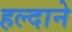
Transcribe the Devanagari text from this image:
हल्दाने